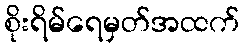
စိုးရိမ်ရေမှတ်အထက်